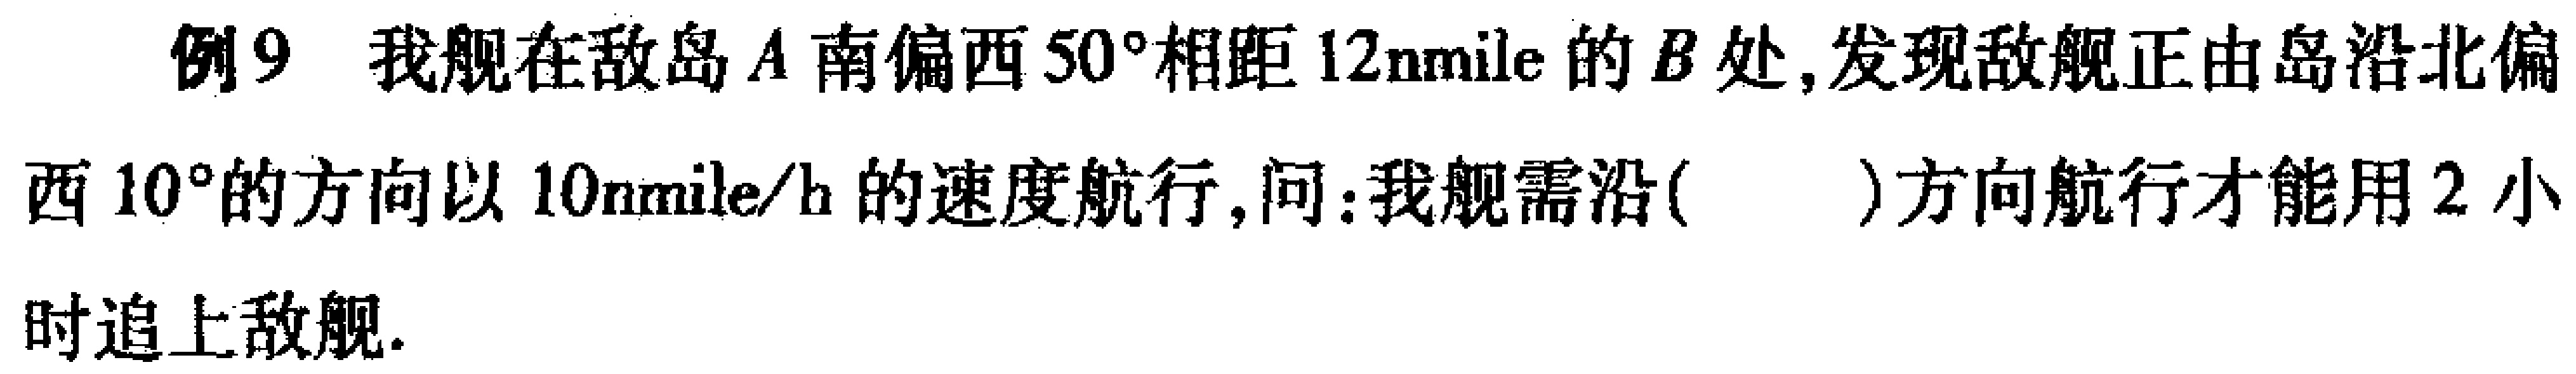
例9 我舰在敌岛\(A\)南偏西\(50^{\circ}\)相距\(12\mathrm{n mile}\)的\(B\)处，发现敌舰正由岛沿北偏西\(10^{\circ}\)的方向以\(10\mathrm{n mile/h}\)的速度航行，问：我舰需沿( )方向航行才能用\(2\)小时追上敌舰.